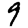
Digit: 9